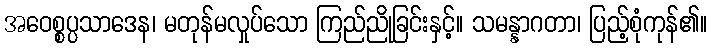
အဝေစ္စပ္ပသာဒေန၊ မတုန်မလှုပ်သော ကြည်ညိုခြင်းနှင့်။ သမန္နာဂတာ၊ ပြည့်စုံကုန်၏။